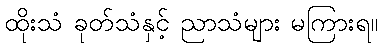
ထိုးသံ ခုတ်သံနှင့် ညာသံများ မကြားရ။